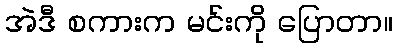
အဲဒီ စကားက မင်းကို ပြောတာ။